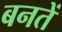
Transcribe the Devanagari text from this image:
बनतें